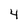
Character: 4